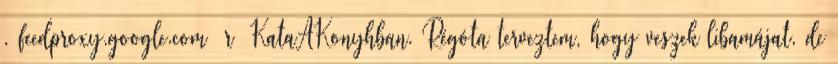
. feedproxy.google.com r KataAKonyhban. Régóta terveztem, hogy veszek libamájat, de